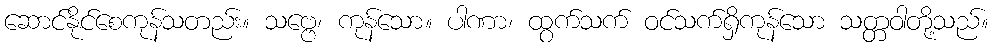
ဆောင်နိုင်စေကုန်သတည်း။ သဗ္ဗေ၊ ကုန်သော။ ပါဏာ၊ ထွက်သက် ဝင်သက်ရှိကုန်သော သတ္တဝါတို့သည်။